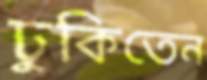
ঢুকিতেন